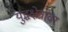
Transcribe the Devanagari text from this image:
युद्धक्षेत्रावर